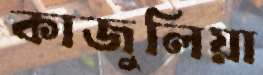
কাজুলিয়া